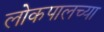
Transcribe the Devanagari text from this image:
लोकपालच्या